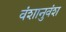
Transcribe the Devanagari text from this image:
वंशानुवंश